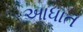
આધાત